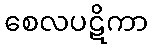
စေလပဋိကာ